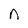
Character: n